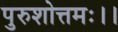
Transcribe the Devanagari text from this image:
पुरुशोत्तमः।।